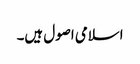
اسلامی اصول ہیں۔